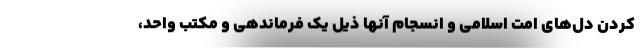
کردن دل‌های امت اسلامی و انسجام آنها ذیل یک فرماندهی و مکتب واحد،